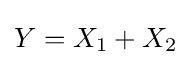
Y=X_{1}+X_{2}